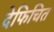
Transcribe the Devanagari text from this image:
देफिचित